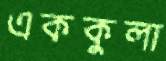
এককুলা